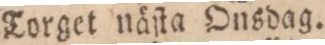
Torget näſta Onsdag.